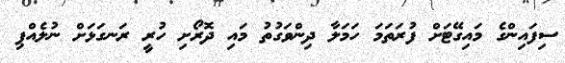
ސިފައިންގެ މައިގޭޓަށް ފުރަތަމަ ހަމަލާ ދިންވަގުތު މައި ދޮރޯށި ހުރީ ރަނގަޅަށް ނުލެއްޕި